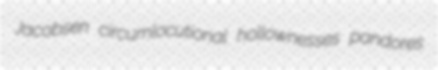
Jacobsen circumlocutional hollownesses pandores